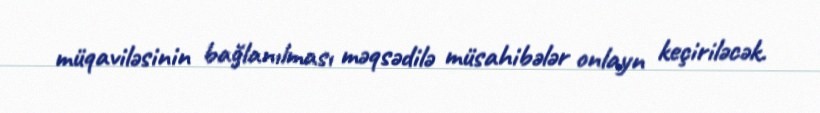
müqaviləsinin bağlanılması məqsədilə müsahibələr onlayn keçiriləcək.